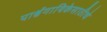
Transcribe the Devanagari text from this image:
पार्श्वगायिकेसाठीचे